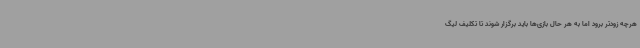
هرچه زودتر برود اما به هر حال بازی‌ها باید برگزار شوند تا تکلیف لیگ